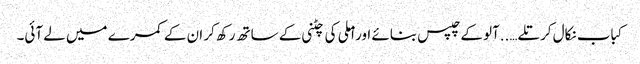
کباب نکال کر تلے…..آلو کے چپس بنائے اور املی کی چٹنی کے ساتھ رکھ کر ان کے کمرے میں لے آئی۔